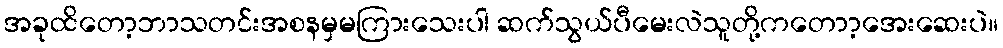
အခုထိတော့ဘာသတင်းအစနမှမကြားသေးပါ ဆက်သွယ်ပီမေးလဲသူတို့ကတောာ့အေးဆေးပဲ။